Document type: Emphyteutic lease
Year: 1473
Scribe: [Unknown]
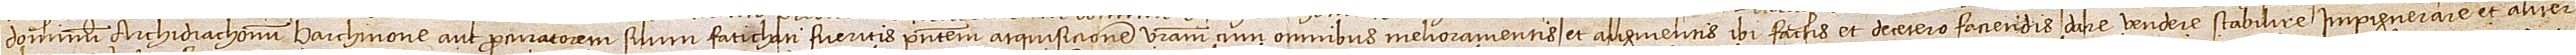
dominum archidiaconum Barchinone aut procuratorem suum fatichati fueritis presentem atquisicionem vestram cum omnibus melioramentis et augmentis ibi factis et decetero faciendis dare, vendere, stabilire, impignerare et aliter